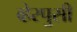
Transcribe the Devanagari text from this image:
व्हेस्पुसी